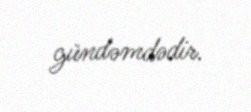
gündəmdədir.